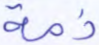
ذمة